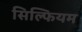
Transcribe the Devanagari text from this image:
सिल्फियम